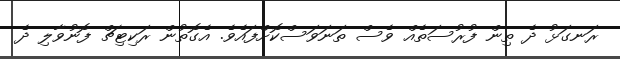
ރަނގަޅު ދެ ތިން ފުރުސަތެއް ވެސް ތަނަވަސްކޮށްފައެވެ. އެގޮތުން ރަކިޓިޗް ފޮނުވާލި ދެ